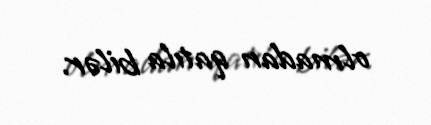
olmadan qatıla bilər.